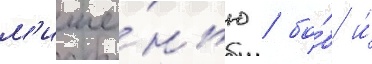
м'ише́нью / бо́б и́